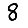
Digit: 8